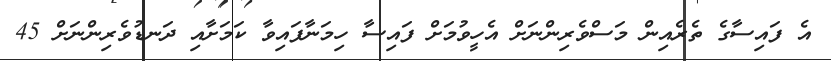
އެ ފައިސާގެ ތެރެއިން މަސްވެރިންނަށް އެހީވުމަށް ފައިސާ ހިމަނާފައިވާ ކަމަށާއި ދަނޑުވެރިންނަށް 45